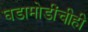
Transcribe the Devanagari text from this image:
घडामोडींचीही